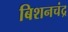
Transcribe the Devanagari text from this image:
बिशनचंद्र